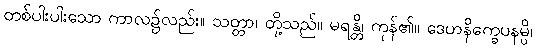
တစ်ပါးပါးသော ကာလ၌လည်း။ သတ္တာ၊ တို့သည်။ မရန္တိ၊ ကုန်၏။ ဒေဟနိက္ခေပနမ္ပိ၊